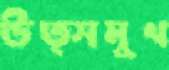
উত্সমুখ